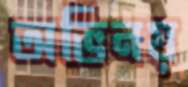
অভিনয়